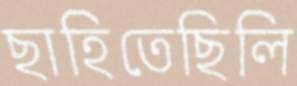
ছাহিতেছিলি